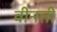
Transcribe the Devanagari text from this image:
वीनती